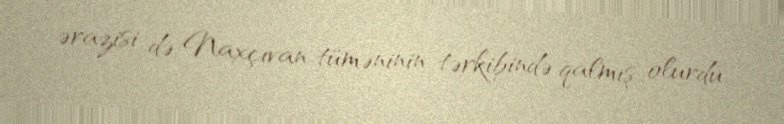
ərazisi də Naxçıvan tüməninin tərkibində qalmış olurdu.